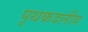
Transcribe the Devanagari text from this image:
पृथकदलीय